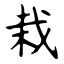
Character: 栽